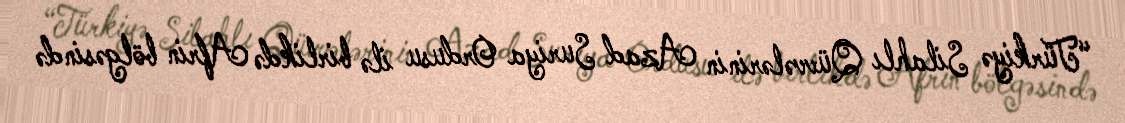
“Türkiyə Silahlı Qüvvələrinin Azad Suriya Ordusu ilə birlikdə Afrin bölgəsində